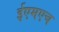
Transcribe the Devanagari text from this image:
ईएमएच